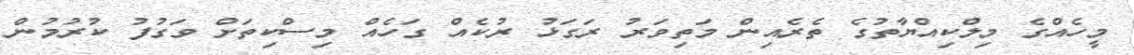
މީހެއްގެ މިލްކިއްޔާތުގެ ތެރެއިން މަތިވަރު ރަގަޅު ރުކެއް ގަހެއް މިސްކިތަށް ވަގުފު ކުރުމުން